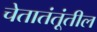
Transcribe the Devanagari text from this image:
चेतातंतूंतील